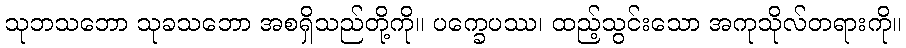
သုဘသဘော သုခသဘော အစရှိသည်တို့ကို။ ပက္ခေပဿ၊ ထည့်သွင်းသော အကုသိုလ်တရားကို။